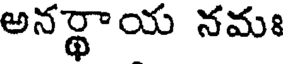
అనర్థాయ నమః